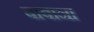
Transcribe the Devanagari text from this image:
बाबाना